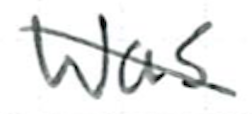
Text: was
Cross-out: diagonal
Writing tool: ballpoint